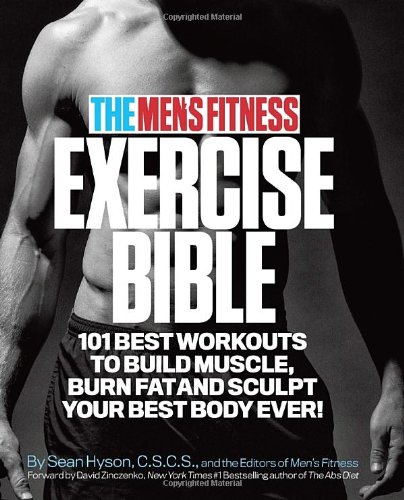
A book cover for The Men's Fitness Exercise Bible: 101 Best Workouts to Build Muscle, Burn Fat, and Sculpt Your Best Body Ever!; Sean Hyson C.S.C.S.; Health, Fitness & Dieting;